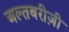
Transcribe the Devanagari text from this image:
अल्तबरीज़ी